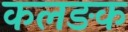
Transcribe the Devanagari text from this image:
कलङक